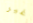
غير